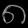
Digit: ၈